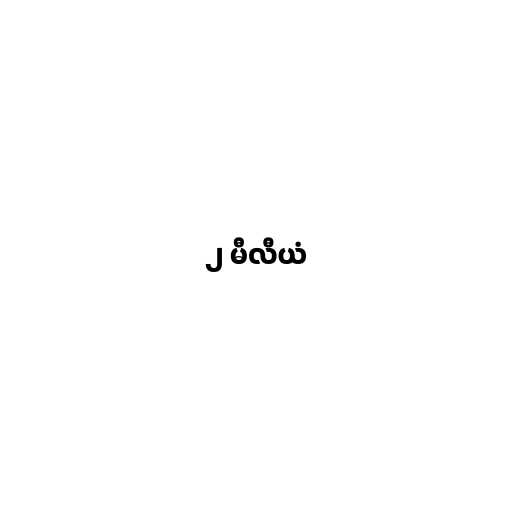
၂ မီလီယံ